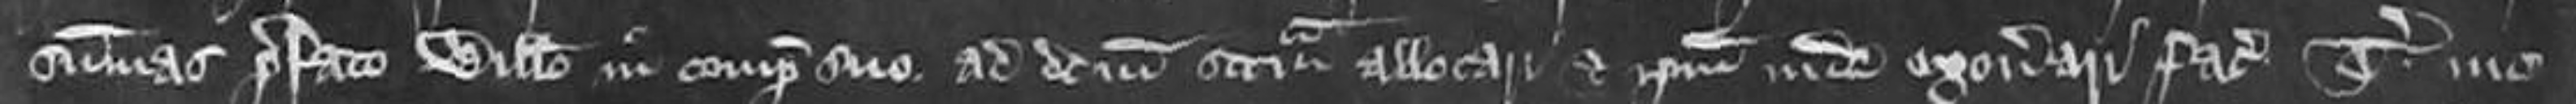
summas prefato Willelmo in compoto suo ad dictam scaccarium allocari et ipsum inde exonerari facere. Teste me